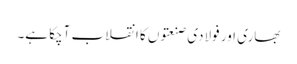
بھاری اور فولادی صنعتوں کا انقلاب آچکا ہے۔